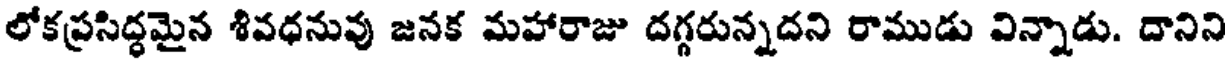
లోకప్రసిద్ధమైన శివధనువు జనక మహారాజు దగ్గరున్నదని రాముడు విన్నాడు. దానిని